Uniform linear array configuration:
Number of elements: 16
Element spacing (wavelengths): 1
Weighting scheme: hann
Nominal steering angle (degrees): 15
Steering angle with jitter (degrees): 13.054
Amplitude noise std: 0.05
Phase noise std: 0.05

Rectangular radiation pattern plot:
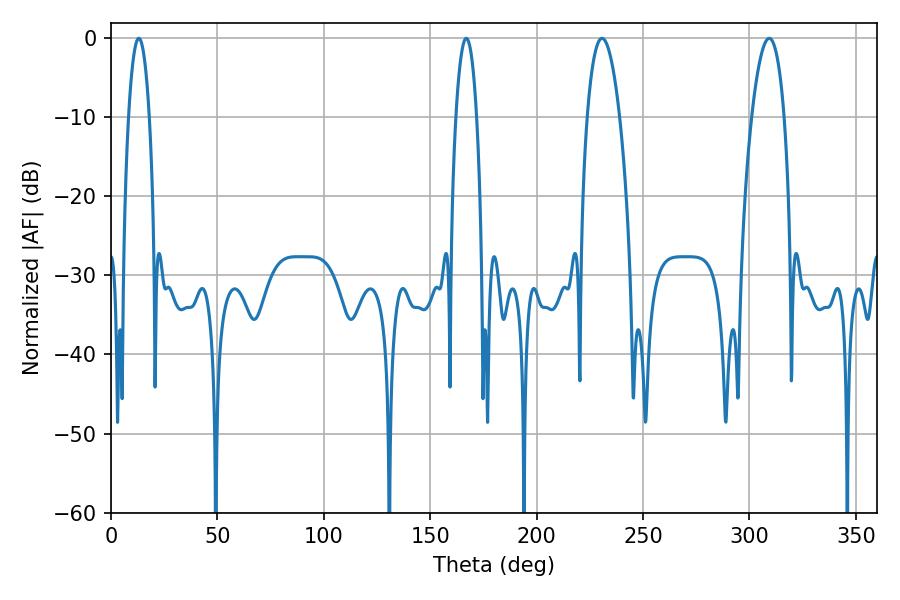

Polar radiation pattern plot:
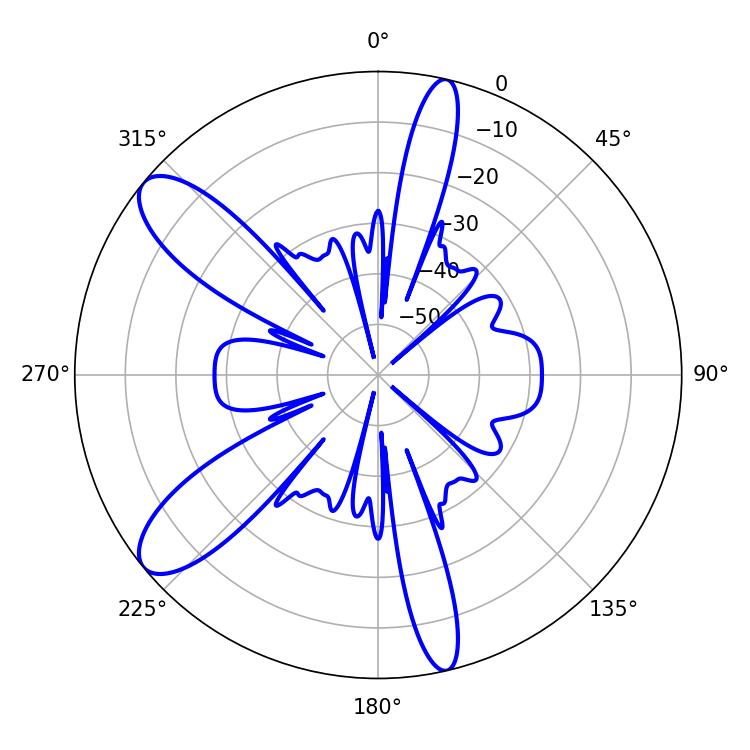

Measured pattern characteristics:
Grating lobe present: TRUE
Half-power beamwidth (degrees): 8.46
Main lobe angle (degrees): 230.76